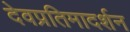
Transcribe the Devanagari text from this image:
देवप्रतिमादर्शन